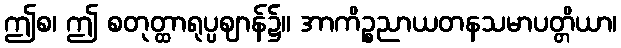
ဤစ၊ ဤ စတုတ္ထာရုပ္ပဈာန်၌။ အာကိဉ္စညာယတနသမာပတ္တိယာ၊